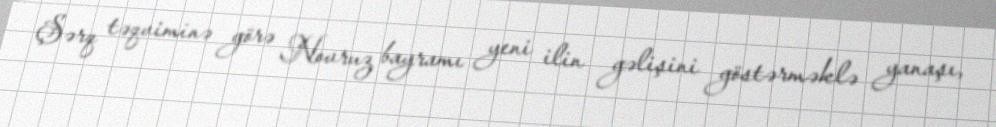
Şərq təqviminə görə Novruz bayramı yeni ilin gəlişini göstərməklə yanaşı,